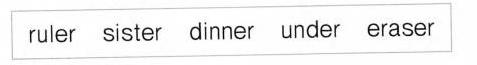
\boxed{ruler sister dinner under eraser}